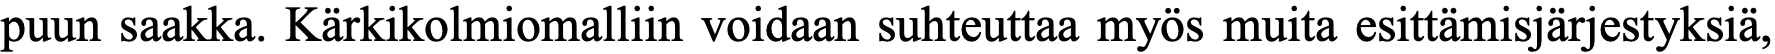
puun saakka. Kärkikolmiomalliin voidaan suhteuttaa myös muita esittämisjärjestyksiä,